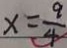
x = \frac { 9 } { 4 }